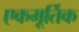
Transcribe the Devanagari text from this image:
एकमूर्तिक